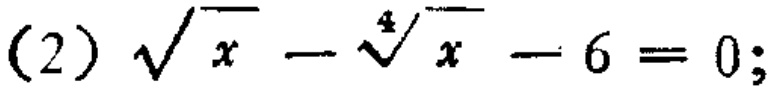
(2) $\sqrt{x}-\sqrt[4]{x}-6 = 0$;